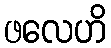
ဖလေဟိ